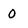
Character: 0